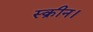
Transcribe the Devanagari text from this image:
स्क्रीन।